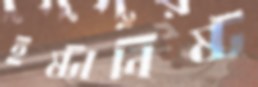
ইষ্টানিষ্ট